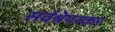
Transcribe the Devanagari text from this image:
सर्वश्रेयस्कर